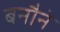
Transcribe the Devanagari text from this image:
बनौने